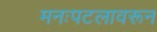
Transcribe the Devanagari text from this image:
मनःपटलावरून